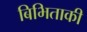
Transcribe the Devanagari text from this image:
बिभिताकी